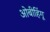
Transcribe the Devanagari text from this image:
ओबीहिंगू